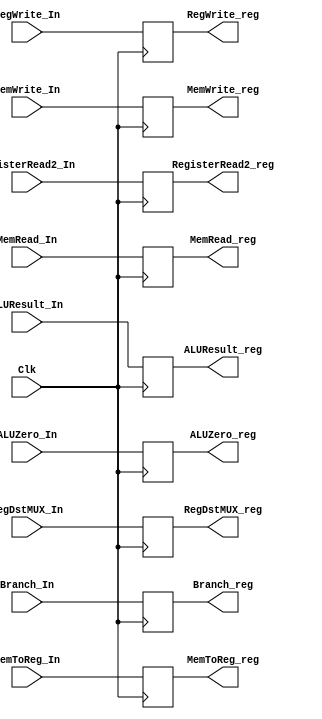
`timescale 1ns / 1ps

module EXMEMRegister(
// inputs
Clk, MemRead_In, MemWrite_In, Branch_In, RegWrite_In, MemToReg_In,
ALUResult_In, RegisterRead2_In, ALUZero_In, RegDstMUX_In,
// outputs
MemRead_reg, MemWrite_reg, Branch_reg, RegWrite_reg, MemToReg_reg, 
ALUResult_reg, RegisterRead2_reg, ALUZero_reg, RegDstMUX_reg
);

    input Clk;
    input MemRead_In; /////////////////////////////
    input MemWrite_In;
    input Branch_In;
    input RegWrite_In;
    input MemToReg_In;
    //input [] ControlWB_In; // FIXME!!!!!!!!!!!!!!!!!
    //input [] ControlMEM_In; // FIXME!!!!!!!!!!!!!!!!!
    // input [31:0] AdderResult_In; // implement later
    input [31:0] ALUResult_In, RegisterRead2_In;
    input ALUZero_In; 
    input [4:0] RegDstMUX_In; // changed
    output MemRead_reg;////////////////////////
    output MemWrite_reg;
    output Branch_reg;
    output RegWrite_reg;
    output MemToReg_reg;
    //output reg [] ControlWB_Out; // FIXME!!!!!!!!!!!!!!!!!
    //output reg [] ControlMEM_Out; // FIXME!!!!!!!!!!!!!!!!!
    // output [31:0] Adder Result_Out; // implement later
    output [31:0] ALUResult_reg, RegisterRead2_reg;
    output ALUZero_reg;
    output [4:0] RegDstMUX_reg; //changed

    // registers
    reg MemRead_reg;
    reg MemWrite_reg;
    reg Branch_reg;
    reg RegWrite_reg;
    reg MemToReg_reg;
    reg [31:0] ALUResult_reg, RegisterRead2_reg;
    reg ALUZero_reg;
    reg [4:0] RegDstMUX_reg; 
    
    initial begin
        MemRead_reg <= 0; /////////////////////////
        MemWrite_reg <= 0;
        Branch_reg <= 0;
        RegWrite_reg <= 0;
        MemToReg_reg <= 0;
        //ControlWBStore <= 0;
        //ControlMEMStore <= 0;
        ALUResult_reg <= 0;
        RegisterRead2_reg <= 0;
        ALUZero_reg <= 0;
        RegDstMUX_reg <= 0;
    end
    
    always @(posedge Clk) begin
        MemRead_reg <= MemRead_In; /////////////////////////
        MemWrite_reg <= MemWrite_In;
        Branch_reg <= Branch_In;
        RegWrite_reg <= RegWrite_In;
        MemToReg_reg <= MemToReg_In;
        //ControlWBStore <= ControlWB_In;
        //ControlMEMStore <= ControlMEM_In;
        ALUResult_reg <= ALUResult_In;
        RegisterRead2_reg <= RegisterRead2_In;
        ALUZero_reg <= ALUZero_In;
        RegDstMUX_reg <= RegDstMUX_In;
    end
    
    // removed negedge code
    

endmodule